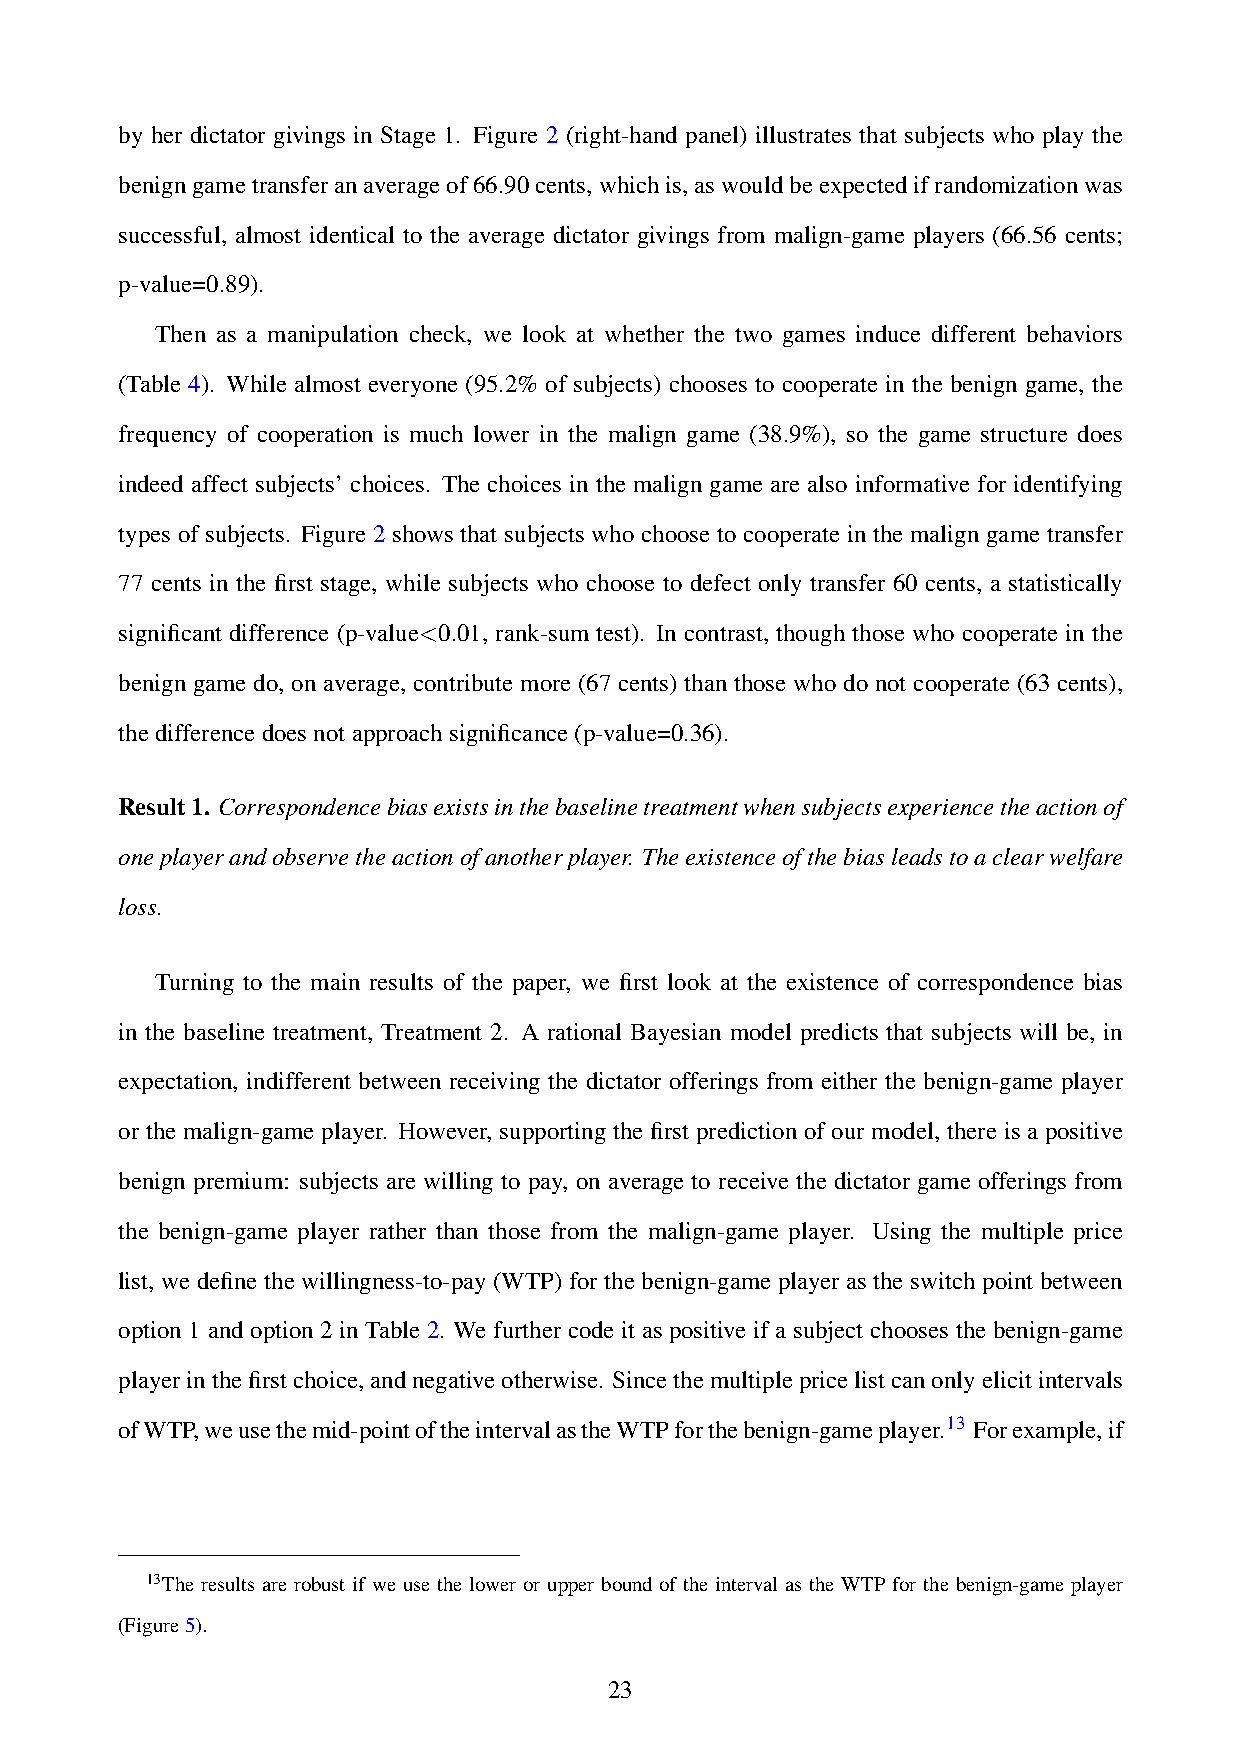
by her dictator givings in Stage 1. Figure 2 (right-hand panel) illustrates that subjects who play the
 benigngametransferanaverageof66.90cents,whichis,aswouldbeexpectedifrandomizationwas
 successful, almost identical to the average dictator givings from malign-game players (66.56 cents;
 p-value=0.89).
 Then as a manipulation check, we look at whether the two games induce different behaviors
 (Table 4). While almost everyone (95.2% of subjects) chooses to cooperate in the benign game, the
 frequency of cooperation is much lower in the malign game (38.9%), so the game structure does
 indeed affect subjects’ choices. The choices in the malign game are also informative for identifying
 types of subjects. Figure 2 shows that subjects who choose to cooperate in the malign game transfer
 77 cents in the first stage, while subjects who choose to defect only transfer 60 cents, a statistically
 significant difference (p-value<0.01, rank-sum test). In contrast, though those who cooperate in the
 benign game do, on average, contribute more (67 cents) than those who do not cooperate (63 cents),
 thedifferencedoesnotapproachsignificance(p-value=0.36).
 Result1. Correspondencebiasexistsinthebaselinetreatmentwhensubjectsexperiencetheactionof
 oneplayerandobservetheactionofanotherplayer. Theexistenceofthebiasleadstoaclearwelfare
 loss.
 Turning to the main results of the paper, we first look at the existence of correspondence bias
 in the baseline treatment, Treatment 2. A rational Bayesian model predicts that subjects will be, in
 expectation, indifferent between receiving the dictator offerings from either the benign-game player
 or the malign-game player. However, supporting the first prediction of our model, there is a positive
 benign premium: subjects are willing to pay, on average to receive the dictator game offerings from
 the benign-game player rather than those from the malign-game player. Using the multiple price
 list, we define the willingness-to-pay (WTP) for the benign-game player as the switch point between
 option 1 and option 2 in Table 2. We further code it as positive if a subject chooses the benign-game
 playerinthefirstchoice,andnegativeotherwise. Sincethemultiplepricelistcanonlyelicitintervals
 ofWTP,weusethemid-pointoftheintervalastheWTPforthebenign-gameplayer.13 Forexample,if
 13The results are robust if we use the lower or upper bound of the interval as the WTP for the benign-game player
 (Figure5).
 23